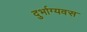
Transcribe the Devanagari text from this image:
दुर्भाग्यवस